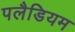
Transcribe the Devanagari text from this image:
पलैडियम